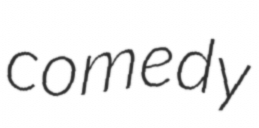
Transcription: comedy